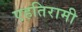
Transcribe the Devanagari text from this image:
एहतिरामी